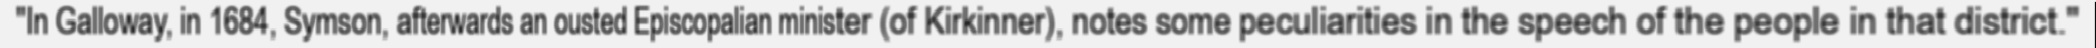
"In Galloway, in 1684, Symson, afterwards an ousted Episcopalian minister (of Kirkinner), notes some peculiarities in the speech of the people in that district."